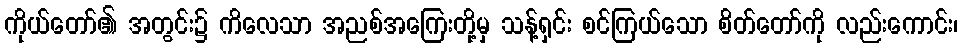
ကိုယ်တော်၏ အတွင်း၌ ကိလေသာ အညစ်အကြေးတို့မှ သန့်ရှင်း စင်ကြယ်သော စိတ်တော်ကို လည်းကောင်း၊